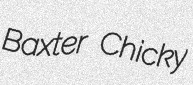
Baxter Chicky